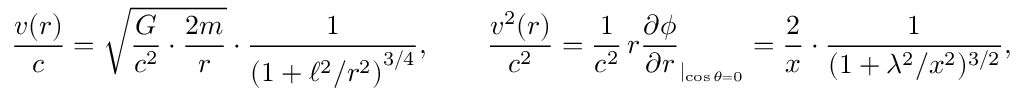
\frac { v ( r ) } { c } = \sqrt { \frac { G } { c ^ { 2 } } \cdot \frac { 2 m } { r } } \cdot \frac { 1 } { \left( 1 + \ell ^ { 2 } / r ^ { 2 } \right) ^ { 3 / 4 } } , \qquad \frac { v ^ { 2 } ( r ) } { c ^ { 2 } } = \frac { 1 } { c ^ { 2 } } \, r \frac { \partial \phi } { \partial r } _ { | _ { \cos \theta = 0 } } = \frac { 2 } { x } \cdot \frac { 1 } { ( 1 + \lambda ^ { 2 } / x ^ { 2 } ) ^ { 3 / 2 } } ,